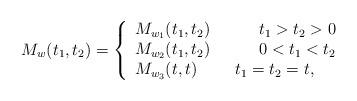
LaTeX: \begin{align*}M_{w}(t_{1},t_{2})=\left\{ \begin{array}{l}M_{w_{1}}(t_{1},t_{2})\ \ \ \ \ \ \ \ \ t_{1}>t_{2}>0 \\ M_{w_{2}}(t_{1},t_{2})\ \ \ \ \ \ \ \ \ 0<t_{1}<t_{2} \\ M_{w_{3}}(t,t)\ \ \ \ \ \ \ t_{1}=t_{2}=t,\end{array}\right. \end{align*}